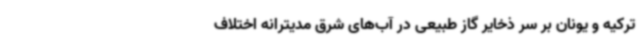
ترکیه و یونان بر سر ذخایر گاز طبیعی در آب‌های شرق مدیترانه اختلاف